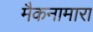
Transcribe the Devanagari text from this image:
मैकनामारा